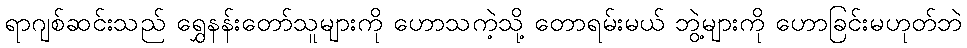
ရာဂျစ်ဆင်းသည် ရွှေနန်းတော်သူများကို ဟောသကဲ့သို့ တောရမ်းမယ် ဘွဲ့များကို ဟောခြင်းမဟုတ်ဘဲ